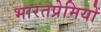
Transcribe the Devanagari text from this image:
भारतप्रेमियों